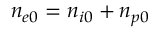
n _ { e 0 } = n _ { i 0 } + n _ { p 0 }